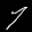
Label: 7